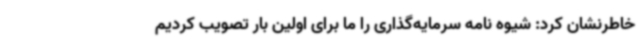
خاطرنشان کرد: شیوه نامه سرمایه‌گذاری را ما برای اولین بار تصویب کردیم